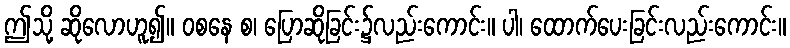
ဤသို့ ဆိုလောဟူ၍။ ဝစနေ စ၊ ပြောဆိုခြင်း၌လည်းကောင်း။ ပါ၊ ထောက်ပေးခြင်းလည်းကောင်း။